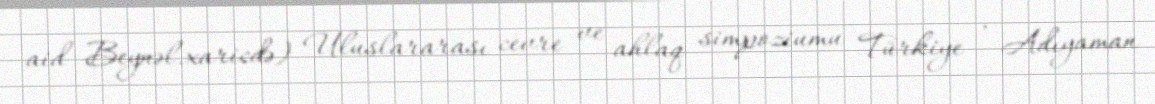
aid Beynəl.xaricdə) Uluslararası cevre ve ahlaq simpoziumu Türkiye , Adıyaman